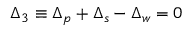
\Delta _ { 3 } \equiv \Delta _ { p } + \Delta _ { s } - \Delta _ { w } = 0